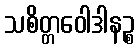
သစိတ္တဝေါဒါနဉ္စ